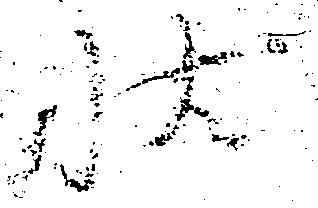
状